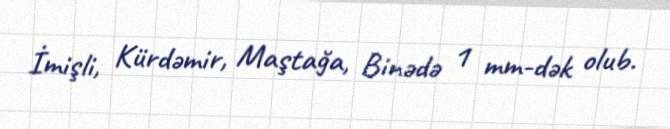
İmişli, Kürdəmir, Maştağa, Binədə 1 mm-dək olub.